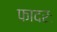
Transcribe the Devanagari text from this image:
फादरः